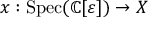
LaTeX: x : { \mathrm { S p e c } } ( \mathbb { C } [ \varepsilon ] ) \to X